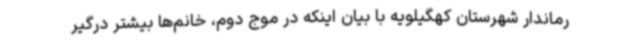
رماندار شهرستان کهگیلویه با بیان اینکه در موج دوم، خانم‌ها بیشتر درگیر